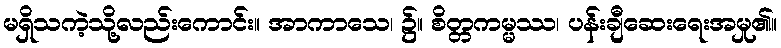
မရှိသကဲ့သို့လည်းကောင်း။ အာကာသေ၊ ၌။ စိတ္တကမ္မဿ၊ ပန်းချီဆေးရေးအမှု၏။